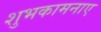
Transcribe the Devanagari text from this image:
शुभकामनाए